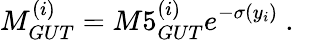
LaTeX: M_{GUT}^{(i)}=M5_{GUT}^{(i)}e^{-\sigma(y_{i})}~.~\,